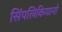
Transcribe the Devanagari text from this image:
सिंपलिकियानो